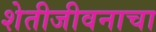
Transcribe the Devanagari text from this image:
शेतीजीवनाचा